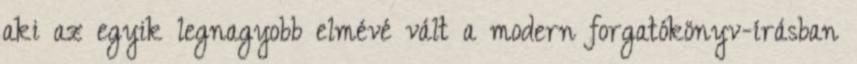
aki az egyik legnagyobb elmévé vált a modern forgatókönyv-írásban